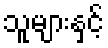
သူများနှင့်